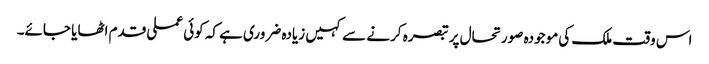
اس وقت ملک کی موجودہ صورتحال پر تبصرہ کرنے سے کہیں زیادہ ضروری ہے کہ کوئی عملی قدم اٹھایا جائے۔